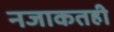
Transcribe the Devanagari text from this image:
नजाकतही